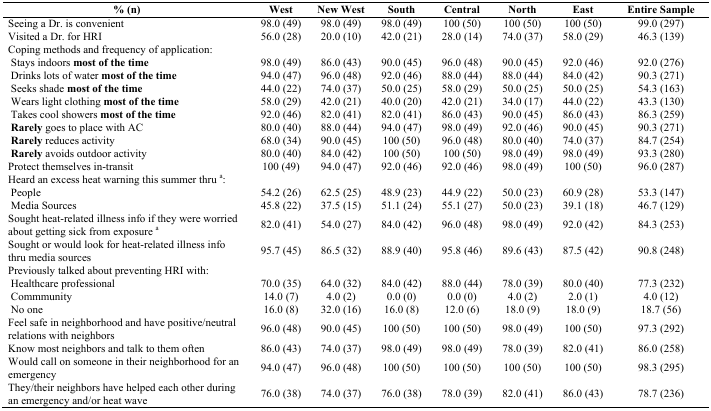
<table><thead><tr><td><b>% (n)</b></td><td><b>West</b></td><td><b>New West</b></td><td><b>South</b></td><td><b>Central</b></td><td><b>North</b></td><td><b>East</b></td><td><b>Entire Sample</b></td></tr></thead><tbody><tr><td>Seeing a Dr. is convenient</td><td>98.0 (49)</td><td>98.0 (49)</td><td>98.0 (49)</td><td>100 (50)</td><td>100 (50)</td><td>100 (50)</td><td>99.0 (297)</td></tr><tr><td>Visited a Dr. for HRI</td><td>56.0 (28)</td><td>20.0 (10)</td><td>42.0 (21)</td><td>28.0 (14)</td><td>74.0 (37)</td><td>58.0 (29)</td><td>46.3 (139)</td></tr><tr><td>Coping methods and frequency of application:</td><td></td><td></td><td></td><td></td><td></td><td></td><td></td></tr><tr><td> Stays indoors <b>most of the time</b></td><td>98.0 (49)</td><td>86.0 (43)</td><td>90.0 (45)</td><td>96.0 (48)</td><td>90.0 (45)</td><td>92.0 (46)</td><td>92.0 (276)</td></tr><tr><td> Drinks lots of water <b>most of the time</b></td><td>94.0 (47)</td><td>96.0 (48)</td><td>92.0 (46)</td><td>88.0 (44)</td><td>88.0 (44)</td><td>84.0 (42)</td><td>90.3 (271)</td></tr><tr><td> Seeks shade <b>most of the time</b></td><td>44.0 (22)</td><td>74.0 (37)</td><td>50.0 (25)</td><td>58.0 (29)</td><td>50.0 (25)</td><td>50.0 (25)</td><td>54.3 (163)</td></tr><tr><td> Wears light clothing <b>most of the time</b></td><td>58.0 (29)</td><td>42.0 (21)</td><td>40.0 (20)</td><td>42.0 (21)</td><td>34.0 (17)</td><td>44.0 (22)</td><td>43.3 (130)</td></tr><tr><td> Takes cool showers <b>most of the time</b></td><td>92.0 (46)</td><td>82.0 (41)</td><td>82.0 (41)</td><td>86.0 (43)</td><td>90.0 (45)</td><td>86.0 (43)</td><td>86.3 (259)</td></tr><tr><td><b>Rarely</b> goes to place with AC</td><td>80.0 (40)</td><td>88.0 (44)</td><td>94.0 (47)</td><td>98.0 (49)</td><td>92.0 (46)</td><td>90.0 (45)</td><td>90.3 (271)</td></tr><tr><td><b>Rarely</b> reduces activity</td><td>68.0 (34)</td><td>90.0 (45)</td><td>100 (50)</td><td>96.0 (48)</td><td>80.0 (40)</td><td>74.0 (37)</td><td>84.7 (254)</td></tr><tr><td><b>Rarely</b> avoids outdoor activity</td><td>80.0 (40)</td><td>84.0 (42)</td><td>100 (50)</td><td>100 (50)</td><td>98.0 (49)</td><td>98.0 (49)</td><td>93.3 (280)</td></tr><tr><td>Protect themselves in-transit</td><td>100 (49)</td><td>94.0 (47)</td><td>92.0 (46)</td><td>92.0 (46)</td><td>98.0 (49)</td><td>100 (50)</td><td>96.0 (287)</td></tr><tr><td>Heard an excess heat warning this summer thru <sup>a</sup>:</td><td></td><td></td><td></td><td></td><td></td><td></td><td></td></tr><tr><td> People </td><td>54.2 (26)</td><td>62.5 (25)</td><td>48.9 (23)</td><td>44.9 (22)</td><td>50.0 (23)</td><td>60.9 (28)</td><td>53.3 (147)</td></tr><tr><td> Media Sources</td><td>45.8 (22)</td><td>37.5 (15)</td><td>51.1 (24)</td><td>55.1 (27)</td><td>50.0 (23)</td><td>39.1 (18)</td><td>46.7 (129)</td></tr><tr><td>Sought heat-related illness info if they were worried about getting sick from exposure <sup>a</sup></td><td>82.0 (41)</td><td>54.0 (27)</td><td>84.0 (42)</td><td>96.0 (48)</td><td>98.0 (49)</td><td>92.0 (42)</td><td>84.3 (253)</td></tr><tr><td>Sought or would look for heat-related illness info thru media sources</td><td>95.7 (45)</td><td>86.5 (32)</td><td>88.9 (40)</td><td>95.8 (46)</td><td>89.6 (43)</td><td>87.5 (42)</td><td>90.8 (248)</td></tr><tr><td>Previously talked about preventing HRI with:</td><td></td><td></td><td></td><td></td><td></td><td></td><td></td></tr><tr><td> Healthcare professional</td><td>70.0 (35)</td><td>64.0 (32)</td><td>84.0 (42)</td><td>88.0 (44)</td><td>78.0 (39)</td><td>80.0 (40)</td><td>77.3 (232)</td></tr><tr><td> Commmunity</td><td>14.0 (7)</td><td>4.0 (2)</td><td>0.0 (0)</td><td>0.0 (0)</td><td>4.0 (2)</td><td>2.0 (1)</td><td>4.0 (12)</td></tr><tr><td> No one </td><td>16.0 (8)</td><td>32.0 (16)</td><td>16.0 (8)</td><td>12.0 (6)</td><td>18.0 (9)</td><td>18.0 (9)</td><td>18.7 (56)</td></tr><tr><td>Feel safe in neighborhood and have positive/neutral relations with neighbors</td><td>96.0 (48)</td><td>90.0 (45)</td><td>100 (50)</td><td>100 (50)</td><td>98.0 (49)</td><td>100 (50)</td><td>97.3 (292)</td></tr><tr><td>Know most neighbors and talk to them often</td><td>86.0 (43)</td><td>74.0 (37)</td><td>98.0 (49)</td><td>98.0 (49)</td><td>78.0 (39)</td><td>82.0 (41)</td><td>86.0 (258)</td></tr><tr><td>Would call on someone in their neighborhood for an emergency</td><td>94.0 (47)</td><td>96.0 (48)</td><td>100 (50)</td><td>100 (50)</td><td>100 (50)</td><td>100 (50)</td><td>98.3 (295)</td></tr><tr><td>They/their neighbors have helped each other during an emergency and/or heat wave</td><td>76.0 (38)</td><td>74.0 (37)</td><td>76.0 (38)</td><td>78.0 (39)</td><td>82.0 (41)</td><td>86.0 (43)</td><td>78.7 (236)</td></tr></tbody></table>